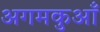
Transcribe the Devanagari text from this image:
अगमकुआँ